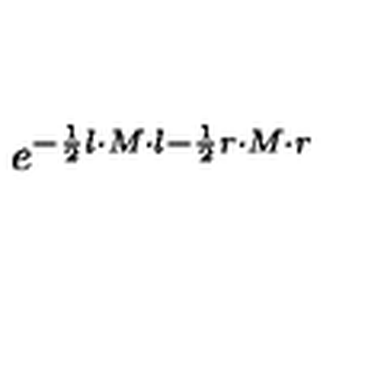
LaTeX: e ^ { - \frac { 1 } { 2 } l \cdot M \cdot l - \frac { 1 } { 2 } r \cdot M \cdot r }